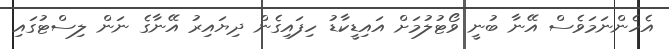
އެހެންނަމަވެސް އޭނާ ބުނީ ވޯޓުލުމަށް އައިޑީކާޑު ހިފައިގެން ދިޔައިރު އޭނާގެ ނަން ލިސްޓުގައި